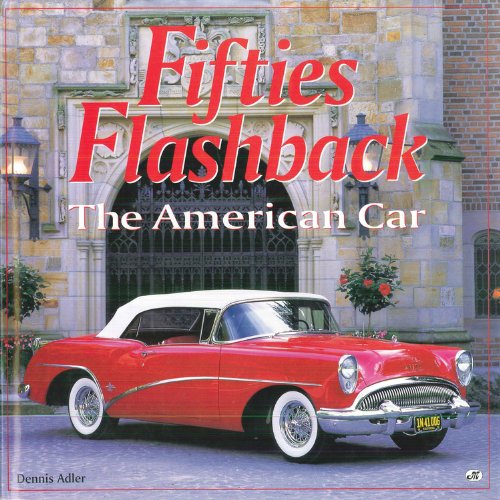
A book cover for Fifties Flashback: The American Car; Dennis Adler; Engineering & Transportation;